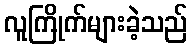
လူကြိုက်များခဲ့သည်